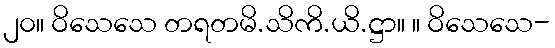
၂၀။ ဝိသေသေ တရတမိ.သိကိ.ယိ.ဋ္ဌာ။ ။ ဝိသေသေ-